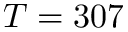
T = 3 0 7